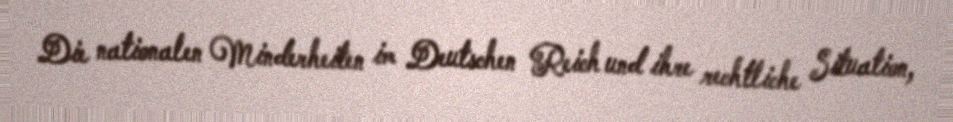
Die nationalen Minderheiten im Deutschen Reich und ihre rechtliche Situation,